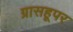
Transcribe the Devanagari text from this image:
ग्रासहूपर